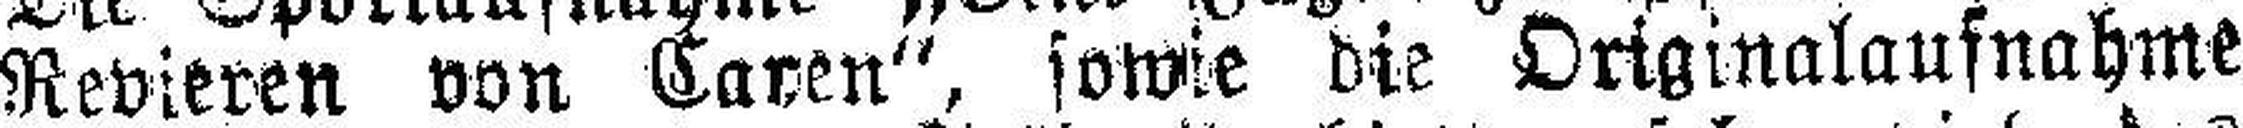
Revieren von Caven“, sowie die Originalaufnahme